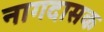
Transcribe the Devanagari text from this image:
नागदासक